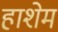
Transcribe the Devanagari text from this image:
हाशेम